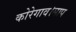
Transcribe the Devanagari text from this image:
कोरेगाव।साप